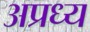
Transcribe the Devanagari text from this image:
अप्रध्य